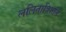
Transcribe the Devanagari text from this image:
ललितात्रिशति